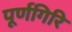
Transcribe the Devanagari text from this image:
पूर्णगिरि